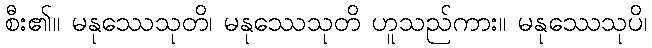
စီး၏။ မနုဿေသုတိ၊ မနုဿေသုတိ ဟူသည်ကား။ မနုဿေသုပိ၊